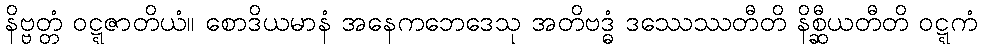
နိဗ္ဗတ္တံ ဝဋ္ဋဇာတိယံ။ စောဒိယမာနံ အနေကဘေဒေသု အတိဗဒ္ဓံ ဒဿေဿတီတိ နိစ္ဆီယတီတိ ဝဋ္ဋကံ